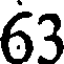
63